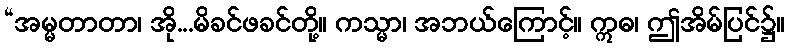
“အမ္မတာတာ၊ အို...မိခင်ဖခင်တို့။ ကသ္မာ၊ အဘယ်ကြောင့်။ ဣဓ၊ ဤအိမ်ပြင်၌။